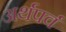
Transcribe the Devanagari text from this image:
अर्थपर्व